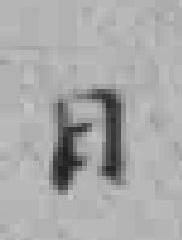
日